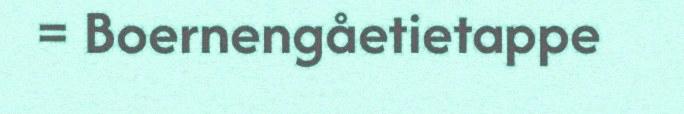
= Boernengåetietappe